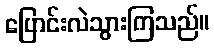
ပြောင်းလဲသွားကြသည်။